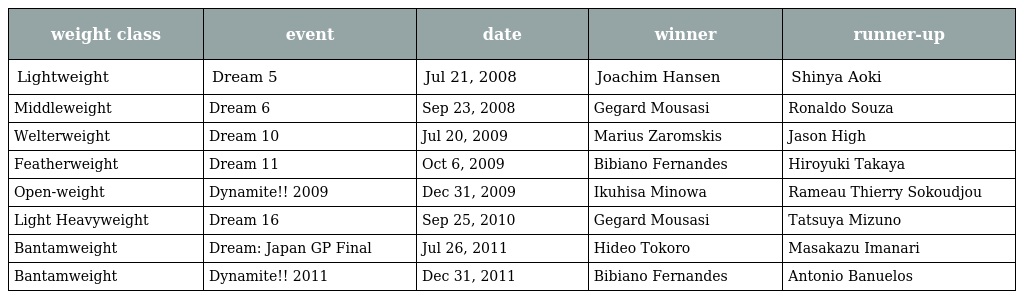
| weight class | event | date | winner | runner-up |
 | --- | --- | --- | --- | --- |
 | Lightweight | Dream 5 | Jul 21, 2008 | Joachim Hansen | Shinya Aoki |
 | Middleweight | Dream 6 | Sep 23, 2008 | Gegard Mousasi | Ronaldo Souza |
 | Welterweight | Dream 10 | Jul 20, 2009 | Marius Zaromskis | Jason High |
 | Featherweight | Dream 11 | Oct 6, 2009 | Bibiano Fernandes | Hiroyuki Takaya |
 | Open-weight | Dynamite!! 2009 | Dec 31, 2009 | Ikuhisa Minowa | Rameau Thierry Sokoudjou |
 | Light Heavyweight | Dream 16 | Sep 25, 2010 | Gegard Mousasi | Tatsuya Mizuno |
 | Bantamweight | Dream: Japan GP Final | Jul 26, 2011 | Hideo Tokoro | Masakazu Imanari |
 | Bantamweight | Dynamite!! 2011 | Dec 31, 2011 | Bibiano Fernandes | Antonio Banuelos |